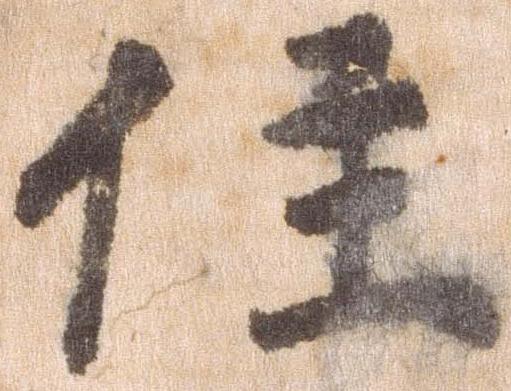
住